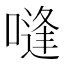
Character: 𰈨